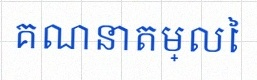
គណនាតម្លៃ